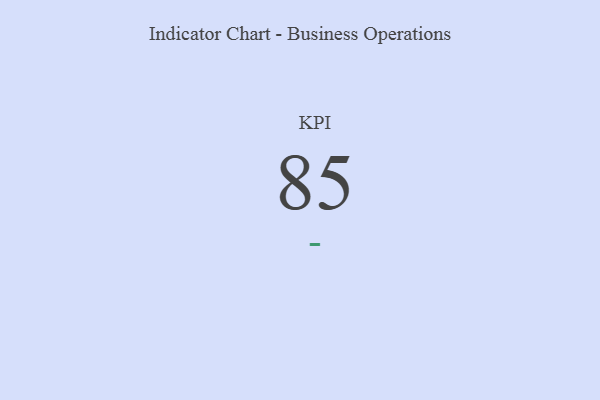
{"axis": {"x": "KPI", "y": "Value"}, "legend": [""], "data": [{"x": "KPI", "y": 85, "type": ""}]}